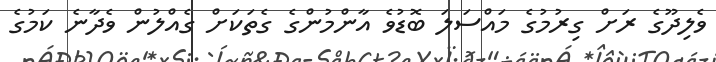
ވެލިދޫގެ ރަށް ގިރުމުގެ މައްސަލަ ބޮޑުވެ އާންމުންގެ ގެތަކަށް ގެއްލުން ވެދާނެ ކަމުގެ